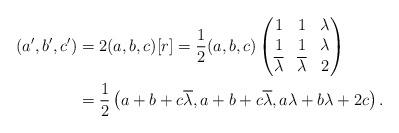
LaTeX: \begin{align*} (a',b',c') &= 2(a,b,c)[r] = \frac{1}{2}(a,b,c)\left( \begin{matrix} 1 & 1 & \lambda \\ 1 & 1 & \lambda \\ \overline{\lambda} & \overline{\lambda} & 2 \end{matrix}\right) \\ &= \frac{1}{2}\left(a + b + c\overline{\lambda}, a + b + c\overline{\lambda}, a\lambda + b \lambda + 2c \right). \end{align*}